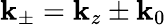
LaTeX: \mathbf{k}_{\pm}=\mathbf{k}_{z}\pm\mathbf{k}_{0}